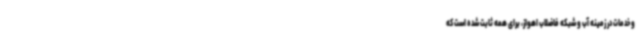
و خدمات در زمینه آب و شبکه فاضلاب اهواز، برای همه ثابت شده است که